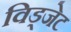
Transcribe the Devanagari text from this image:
विड्जेट